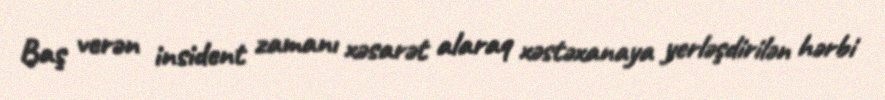
Baş verən insident zamanı xəsarət alaraq xəstəxanaya yerləşdirilən hərbi